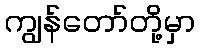
ကျွန်တော်တို့မှာ